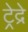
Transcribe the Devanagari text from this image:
ट्रेद्रे